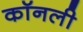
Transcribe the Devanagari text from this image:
कॉनली